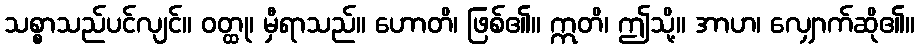
သစ္စာသည်ပင်လျင်။ ဝတ္ထု၊ မှီရာသည်။ ဟောတိ၊ ဖြစ်၏။ ဣတိ၊ ဤသို့။ အာဟ၊ လျှောက်ဆို၏။